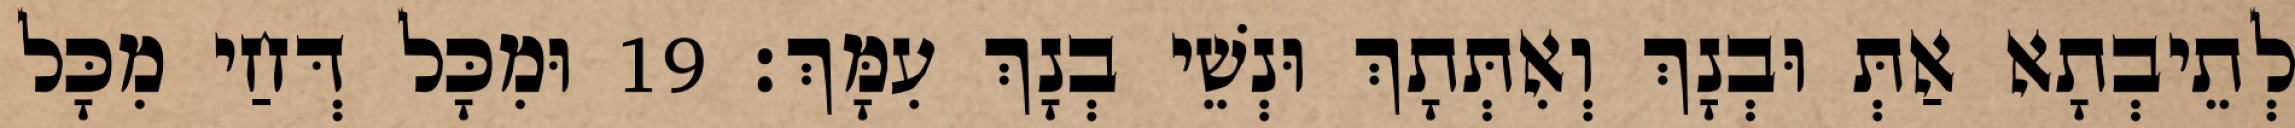
לְתֵיבְתָא אַתְּ וּבְנָךְ וְאִתְּתָךְ וּנְשֵׁי בְנָךְ עִמָּךְ׃ 19 וּמִכָּל דְּחַי מִכָּל